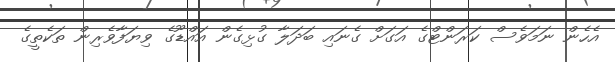
އެހެން ނަމަވެސް ކަރަންޓްގެ އަގަށް ގެނައި ބަދަލާ ގުޅިގެން އައްޑޫގެ ވިޔަފާވެރިން ތަކެތީގެ